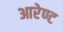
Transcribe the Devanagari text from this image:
आरेण्ट